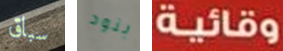
سباق بنود وقائية